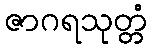
ဇာဂရသုတ္တံ